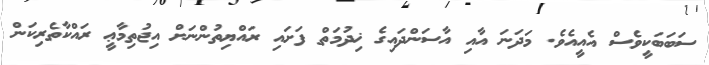
ސަބަބަކީވެސް އެއީއެވެ. މަދަނަ އާއި އާސަންދައިގެ ޚިދުމަތް ފަށައި ރައްޔިތުންނަށް އިޖުތިމާޢީ ރައްކާތެރިކަން